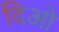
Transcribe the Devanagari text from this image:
दिओ